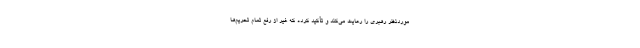
موردنظر رهبری را رعایت می‌کند و تأکید کرده که غیر از رفع تمام تحریم‌ها